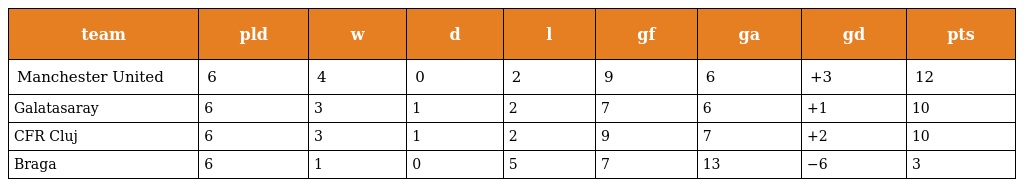
| team | pld | w | d | l | gf | ga | gd | pts |
 | --- | --- | --- | --- | --- | --- | --- | --- | --- |
 | Manchester United | 6 | 4 | 0 | 2 | 9 | 6 | +3 | 12 |
 | Galatasaray | 6 | 3 | 1 | 2 | 7 | 6 | +1 | 10 |
 | CFR Cluj | 6 | 3 | 1 | 2 | 9 | 7 | +2 | 10 |
 | Braga | 6 | 1 | 0 | 5 | 7 | 13 | −6 | 3 |